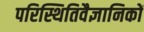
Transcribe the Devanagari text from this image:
परिस्थितिवैज्ञानिकों